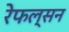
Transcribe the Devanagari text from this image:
रेफल्सन